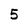
Character: 5